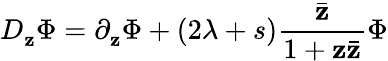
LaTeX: D_{\mathbf{z}}^{}\Phi=\partial_{\mathbf{z}}^{}\Phi+(2\lambda+s)\frac{{\bar{{\mathbf{z}}}}}{{1+\mathbf{z}\bar{{\mathbf{z}}}}}\Phi